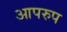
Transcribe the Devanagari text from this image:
आपरुप